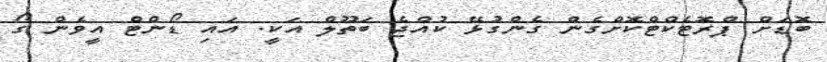
ބޮޑަށް ޕްރޮޓެކްޓްކޮށްގެން ގެންގުޅޭ ކުއްޖެ ބަތޫލް އަކީ. އައި ޑޯންޓް އީވެން ގޯ